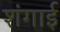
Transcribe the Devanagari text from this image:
शंगाई